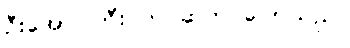
ဦးအောင်ကြီး က ဆက် ပြောသည်။